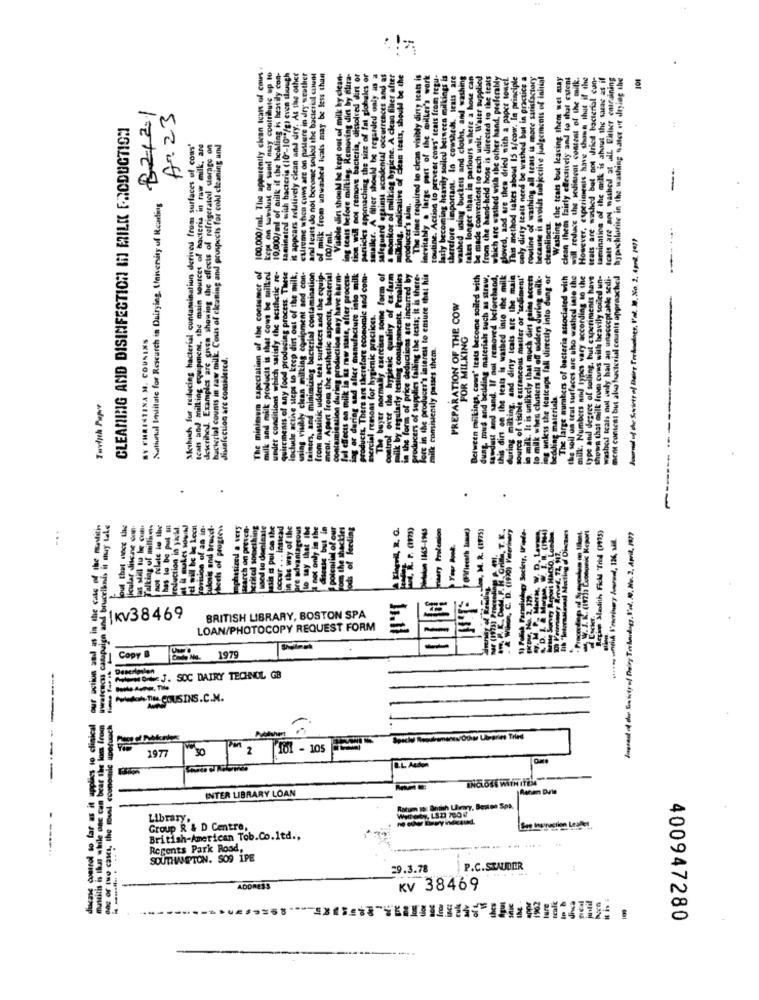
100.000/ml. The apparently clean tears of cows
kept on tuwlust of sand naay contribute up to
10,000/ml of alilk if the hething is bestily con-
taminatedl with bacteris (107-10" /g) even though
it appears relatively clean and dry, At the other
cureme when cows are on pasture in dry seather
and tears do not become soiled the bacterial count
of milk from unwashed toats may be less than
Visible dirt should be kept out of milk ky clean-
ing teats before milking. Removing din by dlira-
ion will not remove bacicria, dissolved dirt or
safeguard against accidental occurrences and as
Conkor of milking hygiene. A clean filier after
milking, indikativs of Clean teats, should be the
The time required to clean visibly dirty teats is
inevitably . large part of the milker's work
touline. Action to prevent cows" (cats from tegu-
larly becoming heavily soilcu betwcca milkings &s
therefore important. In cowsheds, leals are
washed using buckets and cloths, and washing
takes longer than in parlours where a hose can
be made convenient to each unit. Water supplied
from the hand-held hose is directed to the teats
which are washed with the other hand, preferably
ploved, and are then dried with a paper towel
This method takes about 15 s/cow. In principle
only dirty teats need be washed but in practice a
routine of washing all tears is more satisfactory
because it avoids subjective jugements of initial
Washing the tcats but leaving them wet may
clean them Fairly effectively and to that extent
will reduce the sediment content of the milk.
However, experiments have shown that if the
teals are washed but not dried bacterial cun-
lamination of the milk is about the suas as if
thed at all Gatlier entraining
hypochlorite in the washing water of drying the
101
82121
A. 23
CLEANING AND DISINFECTION IN MILK F.RODUCTION
Serhuch for reslacing bacterial contaminatiun derived from surfaces of coms'
Icals and milking equipment, the main sources of bacteria in raw milk, are
dewrihed. Examples are given showing the effects of refrigerated sorage on
Icals are sol wathod at a
in raw milk Cous of cleaning and prospects for coll ctea
National Institute for Research in Dairying, University of Reading
producer's aim.
100/ml
cleaniipets
milk and milk products is that cows be milked
ful effects on milk in ka mw mate, after procest-
The minimum expectation of the consumer of
under conditions which satisfy the acatholic re-
quireinenis of any food producing process. These
lochale active steps to keep din out of the milk.
using visibly clean milking equipment and con-
tainers, and minimizing bacterial contamination
from masickc udders, test surfaces and the equip-
ment. Apart from the acuihetic aspects, bacterial
contamination during production may have harm-
ing or during and after manufacture into milk
products. There are therefore economic and comu-
Hay exercises some form of
control over the hygienic quality of ex-farm
milk by regularly testing consigninents. Penalties
in the form of price deductions are incurred by
producers of supplies failing the tests; it is there.
Tore in the producer's interest to ensure that his
Between mailkings, coms' trata become soiled with
dung mud and bedding materials such as straw.
sawdust and sand. If not removed beforehand,
this dirt on the leats is washed into the milk
during milking, and dirty Icals are the main
ible extrancous matter or 'sediment'
in milk. It is unlikely that much dirt pains eccot
ps unless the featcups fall directly into dung of
e large numbers of bacteria associated with
the soil un teut surfaces ars uho washed inte the
milk. Numbers and types vary according to the
type and degree of selling, but experiments have
shown that milk from cuws with bcavily soiled an-
washed teals out only had an unacceptable sedi-
nem concat but also bacterial counts approached
to milk when clusters fall off udders during
mercial reasons for hygienic practices.
PREPARATION OF THE COW
FOR MILKING
BY CHRISTINA M. COUSINS
silk comisently passes them.
baciscial counts in zaw no
The buyer normally
disinfection are consi
source of visible e
bedding materials
Twolith Puper
.
KingHd, R. G.
Kr. am)
Simary Prolemion
zoo. M. R. (V75)
., C. D. (1970) Veterinary
1) Polak Faracivlagy Society, Wiede-
trh "International Mocting of Discases
Regim Mastith Fick Trid (W35)
our action and as in the case of the
Wwction
wwalcecas campaign and brucelkni
mar (1973) Proceeding
71KV38469
BRITISH LIBRARY, BOSTON SPA
LOAN/PHOTOCOPY REQUEST FORM
----
=
Copy B
1979
----
AvEN ORE J. SOC DAIRY TECHNOL GB
:www.nu COUSINS.C.M.
-----
the lom from
mastitis is thun while onc cum bear the lon
TWO Cases, the must economic
197
30
2
161 - 105
ENCLOSE WITH ITELA
INTER LIBRARY LOAN
Rotum to: British Uhery, Benton Spa.
Library.
Cas Huruction Leaf
Group R & D Centre,
British-American Tob.Co.ltd .,
Regents Park Road,
SOUTHAMPTON. SOO IPE
29.3.78
P.C.STAUDER
ADDRESS
KV 38469
400947280